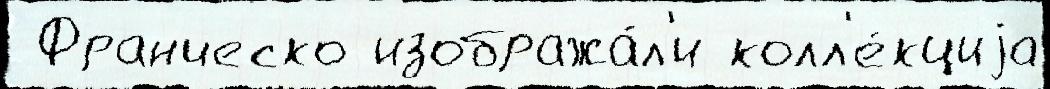
 Франческо изобража́л'и колл'е́кциjа